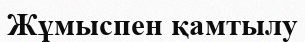
Жұмыспен қамтылу